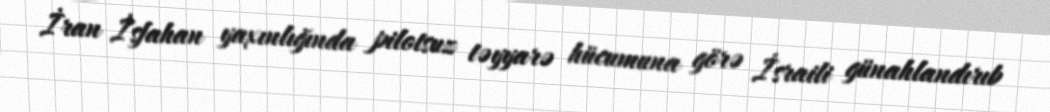
İran İsfahan yaxınlığında pilotsuz təyyarə hücumuna görə İsraili günahlandırıb